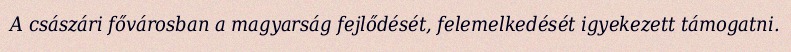
A császári fővárosban a magyarság fejlődését, felemelkedését igyekezett támogatni.